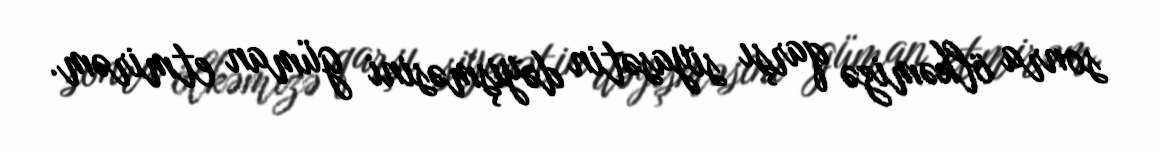
sonra ölkəmizə qarşı siyasətin dəyişməsini güman etmirəm.